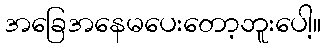
အခြေအနေမပေးတော့ဘူးပေါ့။